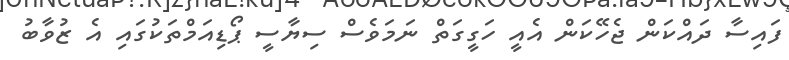
ފައިސާ ދައްކަން ޖެހޭކަން އެއީ ހަގީގަތް ނަމަވެސް ސިޔާސީ ޕޯޑިއަމްތަކުގައި އެ ޒުވާބު